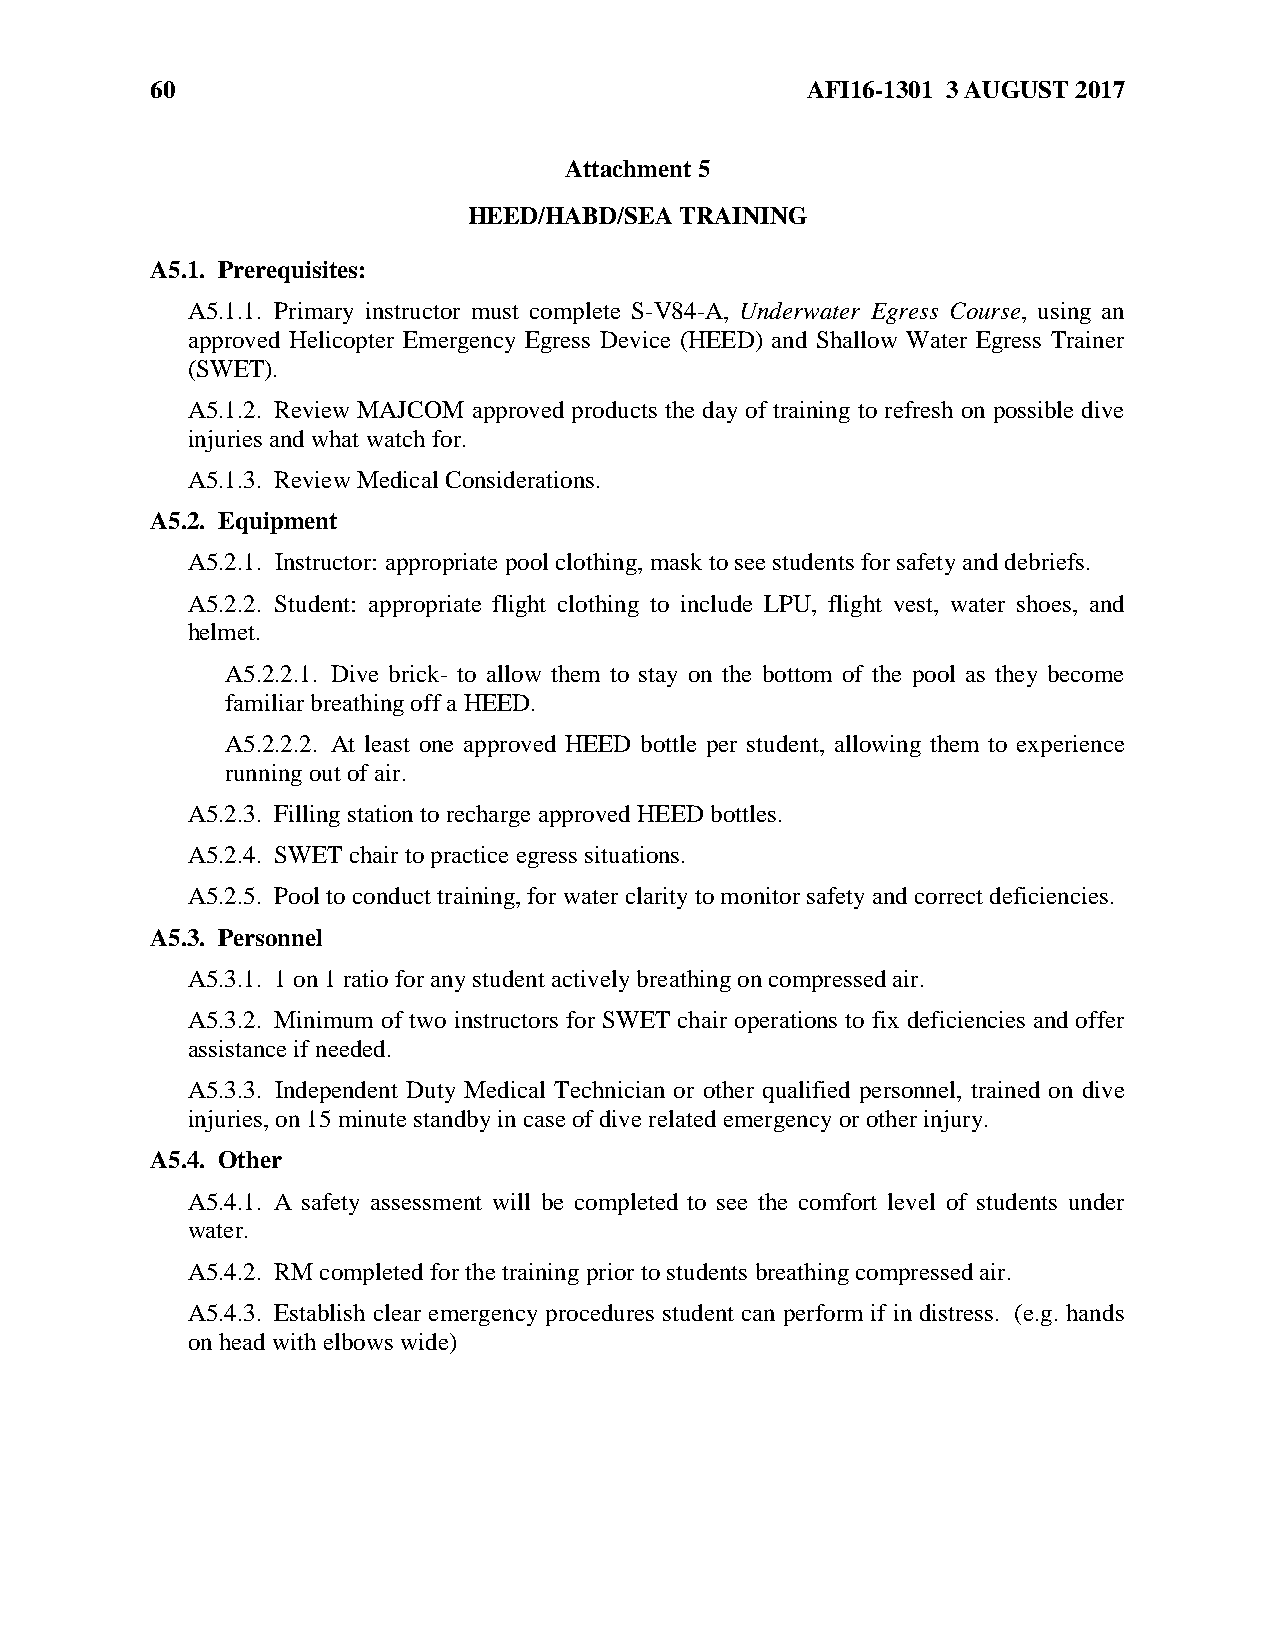
60                                         AFI16-1301 3 AUGUST 2017
 Attachment 5
 HEED/HABD/SEA TRAINING
 A5.1. Prerequisites:
 A5.1.1. Primary instructor must complete S-V84-A, Underwater Egress Course, using an
 approved Helicopter Emergency Egress Device (HEED) and Shallow Water Egress Trainer
 (SWET).
 A5.1.2. Review MAJCOM approved products the day of training to refresh on possible dive
 injuries and what watch for.
 A5.1.3. Review Medical Considerations.
 A5.2. Equipment
 A5.2.1. Instructor: appropriate pool clothing, mask to see students for safety and debriefs.
 A5.2.2. Student: appropriate flight clothing to include LPU, flight vest, water shoes, and
 helmet.
 A5.2.2.1. Dive brick- to allow them to stay on the bottom of the pool as they become
 familiar breathing off a HEED.
 A5.2.2.2. At least one approved HEED bottle per student, allowing them to experience
 running out of air.
 A5.2.3. Filling station to recharge approved HEED bottles.
 A5.2.4. SWET chair to practice egress situations.
 A5.2.5. Pool to conduct training, for water clarity to monitor safety and correct deficiencies.
 A5.3. Personnel
 A5.3.1. 1 on 1 ratio for any student actively breathing on compressed air.
 A5.3.2. Minimum of two instructors for SWET chair operations to fix deficiencies and offer
 assistance if needed.
 A5.3.3. Independent Duty Medical Technician or other qualified personnel, trained on dive
 injuries, on 15 minute standby in case of dive related emergency or other injury.
 A5.4. Other
 A5.4.1. A safety assessment will be completed to see the comfort level of students under
 water.
 A5.4.2. RM completed for the training prior to students breathing compressed air.
 A5.4.3. Establish clear emergency procedures student can perform if in distress. (e.g. hands
 on head with elbows wide)